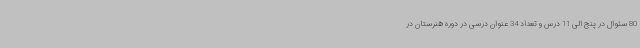
80 سئوال در پنج الی 11 درس و تعداد 34 عنوان درسی در دوره هنرستان در